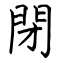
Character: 閉